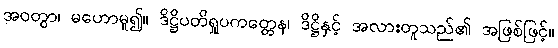
အဝတွာ၊ မဟောမူ၍။ ဒိဋ္ဌိပတိရှုပကတ္တေန၊ ဒိဋ္ဌိနှင့် အလားတူသည်၏ အဖြစ်ဖြင့်။